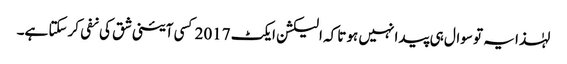
لہٰذا یہ تو سوال ہی پیدا نہیں ہوتا کہ الیکشن ایکٹ 2017 کسی آئینی شق کی نفی کرسکتا ہے۔